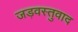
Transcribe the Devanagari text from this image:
जड़वस्तुवाद